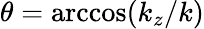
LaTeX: \theta=\operatorname{arccos}({k_{z}}/{k})